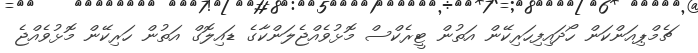
ޗެމްޕިއަންކަން ހޯދައިފިހަރިކޭން އަތުން ޓީރެކްސް މޮޅުވެއްޖެލަންކާގެ ޑައިލޮގް އަތުން ހަރިކޭން މޮޅުވެއްޖެ